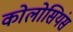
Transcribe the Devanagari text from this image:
कोलोसियंस